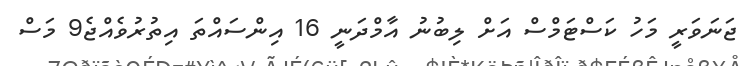
ޖަނަވަރީ މަހު ކަސްޓަމްސް އަށް ލިބުނު އާމްދަނީ 16 އިންސައްތަ އިތުރުވެއްޖެ9 މަސް